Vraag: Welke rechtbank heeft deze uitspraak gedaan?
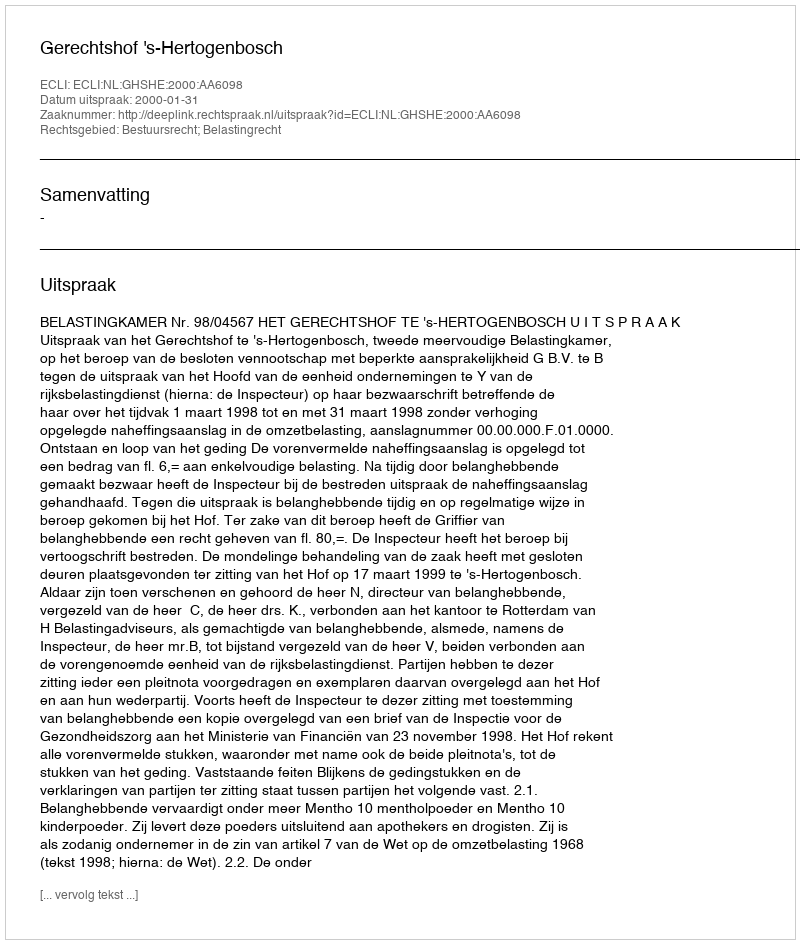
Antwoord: Gerechtshof 's-Hertogenbosch